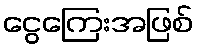
ငွေကြေးအဖြစ်